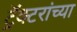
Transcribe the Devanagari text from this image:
ट्रॅक्टरांच्या